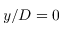
y / D = 0